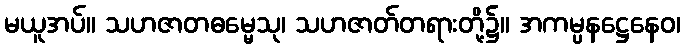
မယူအပ်။ သဟဇာတဓမ္မေသု၊ သဟဇာတ်တရားတို့၌။ အကမ္ပနဋ္ဌေနေဝ၊